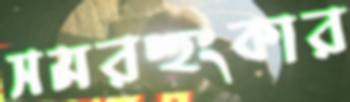
সমরহুংকার